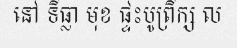
នៅ ទីធ្លា មុខ ផ្ទះបូព្រឹក្ស ល